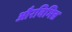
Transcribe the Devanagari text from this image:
औरविभिन्न